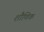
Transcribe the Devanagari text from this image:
शौणिक